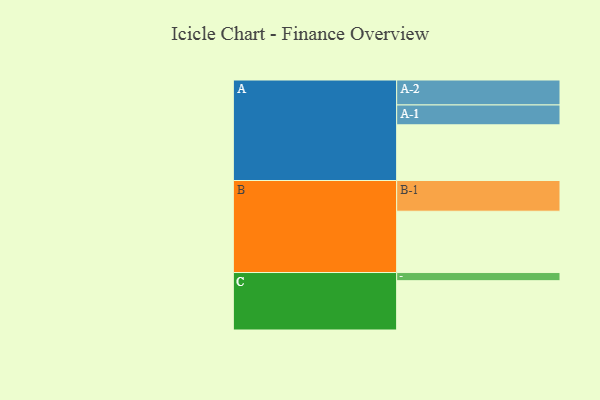
{"axis": {"x": "Segment", "y": "Value"}, "legend": ["", "A", "B", "C"], "data": [{"x": "A", "y": 533, "type": ""}, {"x": "B", "y": 587, "type": ""}, {"x": "C", "y": 472, "type": ""}, {"x": "A-1", "y": 190, "type": "A"}, {"x": "A-2", "y": 239, "type": "A"}, {"x": "B-1", "y": 294, "type": "B"}, {"x": "C-1", "y": 78, "type": "C"}]}